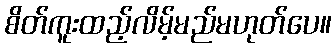
စိတ်ကူးထည့်လိမ့်မည်မဟုတ်ပေ။